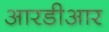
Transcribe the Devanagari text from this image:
आरडीआर